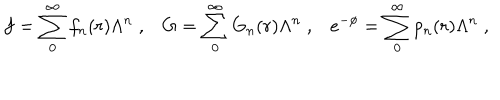
LaTeX: f = \sum _ { 0 } ^ { \infty } f _ { n } ( r ) \Lambda ^ { n } \; , G = \sum _ { 0 } ^ { \infty } G _ { n } ( r ) \Lambda ^ { n } \; , e ^ { - \phi } = \sum _ { 0 } ^ { \infty } p _ { n } ( r ) \Lambda ^ { n } \; ,